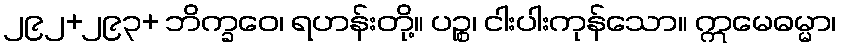
၂၉၂+၂၉၃+ ဘိက္ခဝေ၊ ရဟန်းတို့။ ပဉ္စ၊ ငါးပါးကုန်သော။ ဣမေဓမ္မာ၊